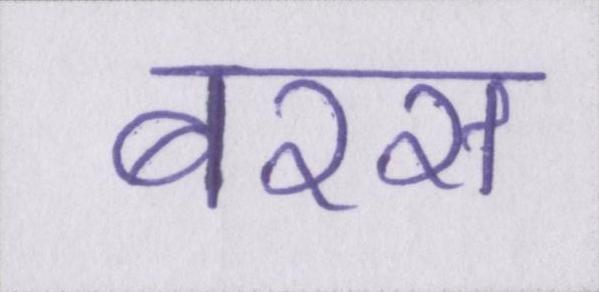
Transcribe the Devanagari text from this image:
बरस